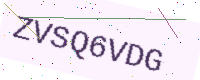
Text: ZVSQ6VDG